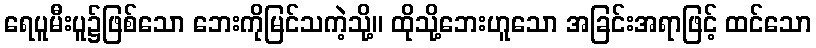
ရေပူမီးပူ၌ဖြစ်သော ဘေးကိုမြင်သကဲ့သို့။ ထိုသို့ဘေးဟူသော အခြင်းအရာဖြင့် ထင်သော